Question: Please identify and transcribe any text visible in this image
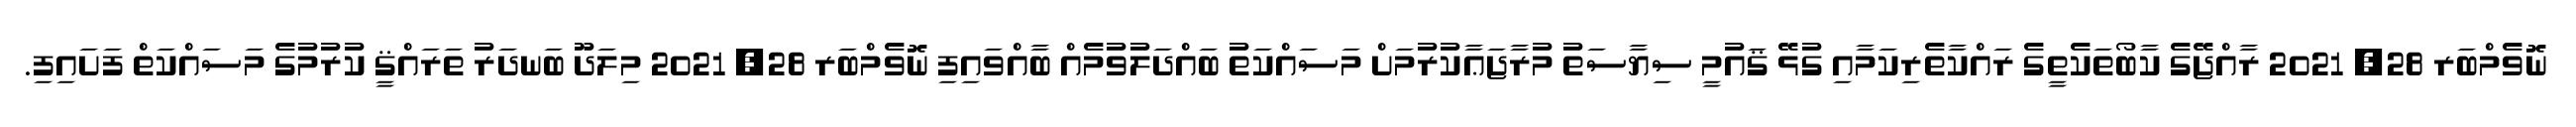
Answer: ނޮވެމްބަރ 28, 2021 ރާއްޖޭގެ ކާބޯތަކެތީގެ ރައްކާތެރިކަމާއި ގުޅޭ ޤައުމީ ސިޔާސަތު މުރާޖަޢާކުރުމަށް މަސައްކަތު ބައްދަލުވުމެއް ބާއްވައިފި ނޮވެމްބަރ 28, 2021 މިލަދޫ ބަނދަރު ތަރައްޤީ ކުރުމުގެ މަސައްކަތް ފަށައިފި.